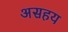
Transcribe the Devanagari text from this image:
असहय